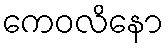
ကေဝလိနော